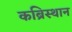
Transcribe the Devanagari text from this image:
कब्रिस्थान